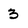
Character: 3